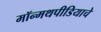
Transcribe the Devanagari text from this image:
मॉन्मथपीडियाचे